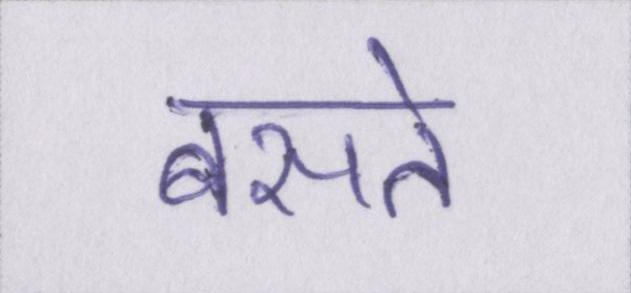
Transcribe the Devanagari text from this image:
बसते